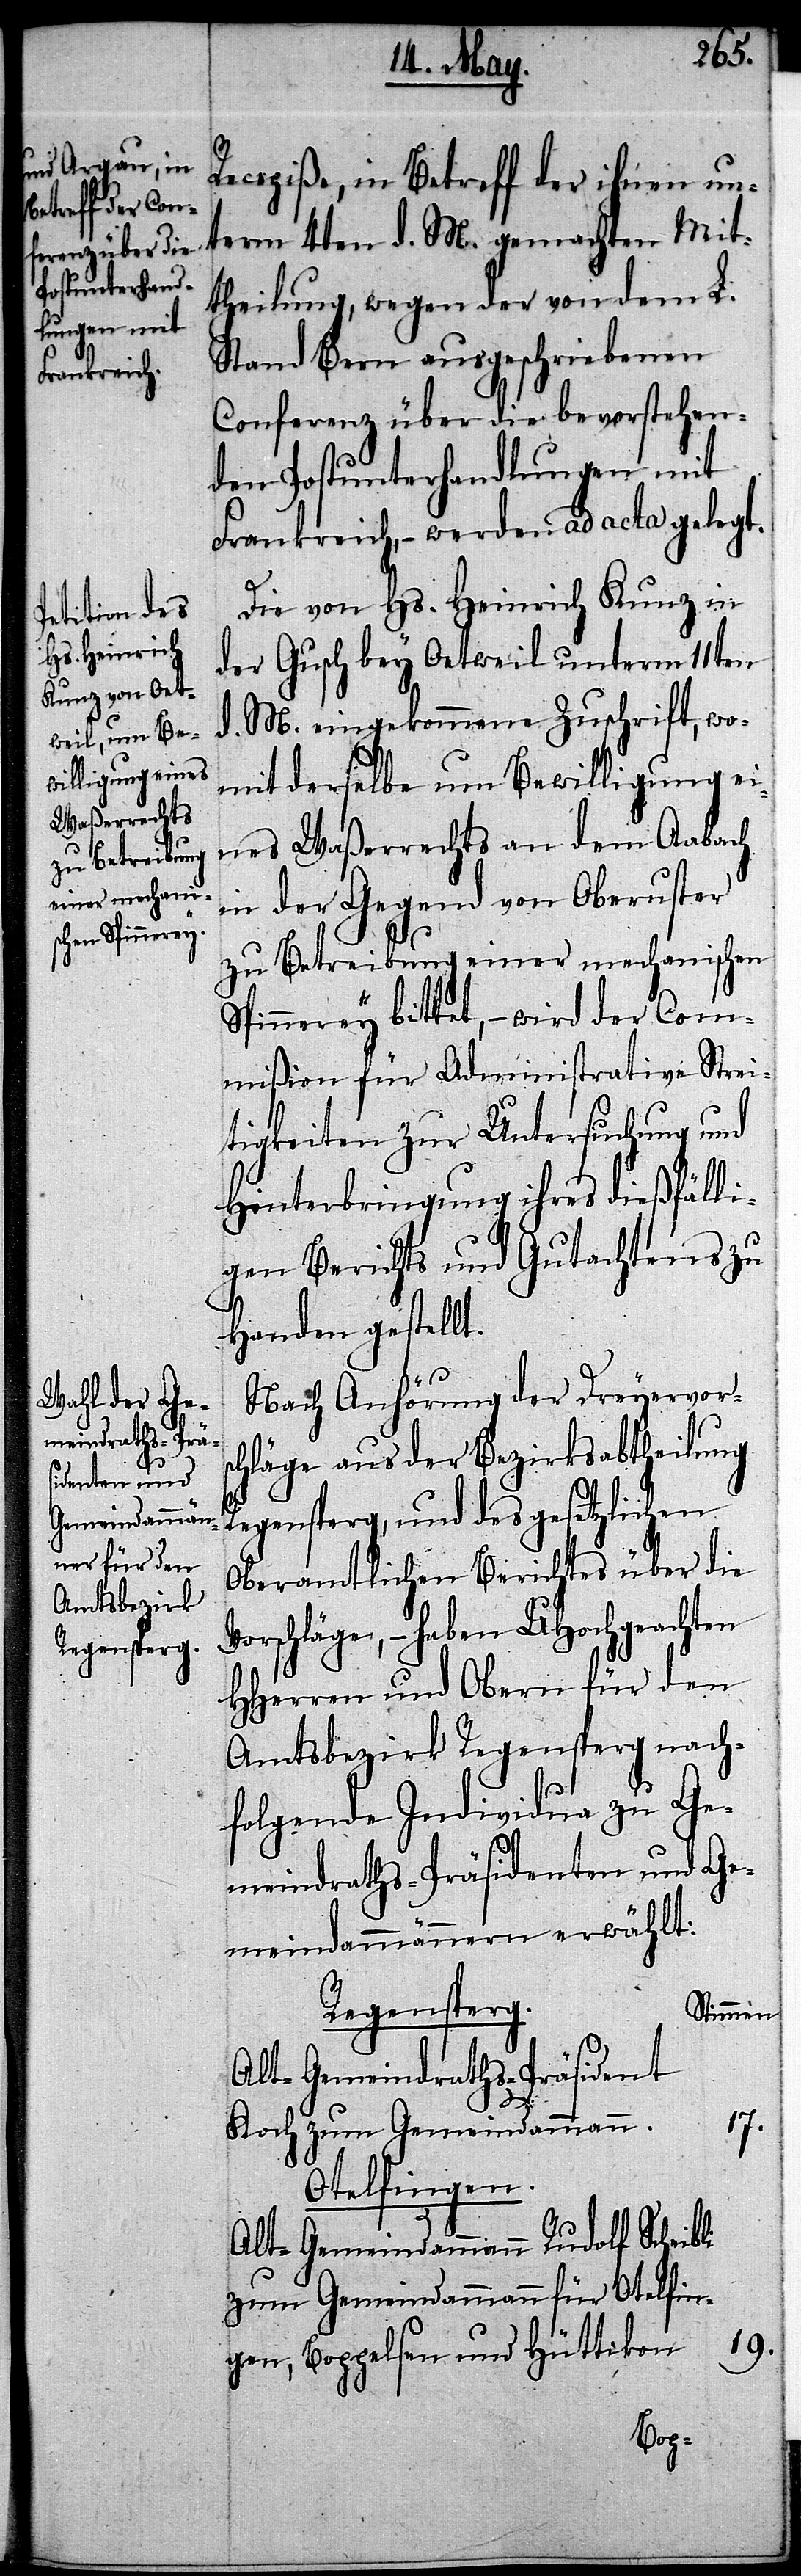
V¬

Recepiße, in Betreff der ihnen un¬
term 4ten d. M. gemachten Mit¬
theilung, wegen der von dem L.
Stand Bern ausgeschriebenen
Conferenz über die bevorstehen¬
den Postunterhandlungen mit
Frankreich, – werden ad acta gelegt.
Die von Hs. Heinrich Kunz in
der Gusch bey Oetweil unterm 11ten
d. M. eingekommene Zuschrift, wo¬
mit derselbe um Bewilligung ei¬
nes Waßerrechts an dem Aabach
in der Gegend von Oberuster
zu Betreibung einer mechanischen
Spinnerey bittet, – wird der Com¬
mißion für Administrative Strei¬
tigkeiten zur Untersuchung und
Hinterbringung ihres dießfälli¬
gen Berichts und Gutachtens zu
Handen gestellt.
Nach Anhörung der Dreyervors¬
chläge aus der Bezirksabtheilung
Regensperg, und des gesetzlichen
Oberamtlichen Berichtes über die
orschläge, – haben UHochgeachten
HHerren und Obern für den
Amtsbezirk Regensperg nach¬
folgende Individua zu Ge¬
meindraths-Präsidenten und Ge¬
meindammännern erwählt:
Regensperg.
Stimmen.
Alt-Gemeindraths-Präsident
17.
Koch zum Gemeindammann.
Otelfingen.
Alt-Gemeindammann Rudolf Scheibli
zum Gemeindammann für Otelfin¬
19.
gen, Boppelsen und Hüttikon